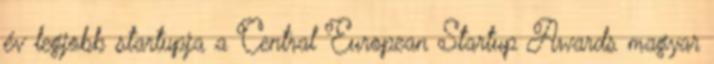
év legjobb startupja a Central European Startup Awards magyar